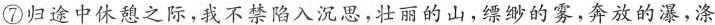
⑦归途中休憩之际，我不禁陷大沉思，壮丽的山，缥缈的雾，奔放的瀑，涤